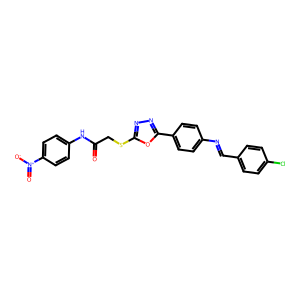
SMILES: O=C(CSc1nnc(-c2ccc(N=Cc3ccc(Cl)cc3)cc2)o1)Nc1ccc([N+](=O)[O-])cc1
Inhibits HIV replication: No